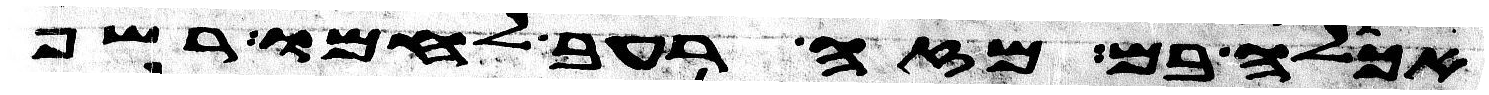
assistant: אכלה בם מזה רעב לחמו רשף